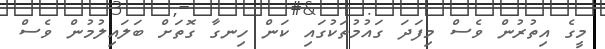
މީގެ އިތުރުން ވެސް މިފަދަ ގައުމުތަކުގައި ކަން ހިނގާ ގޮތަށް ބަލައިލުމުން ވެސް